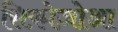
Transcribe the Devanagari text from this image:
सिफ़ोज़ोआ